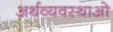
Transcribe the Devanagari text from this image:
अर्थव्यवस्थाओ